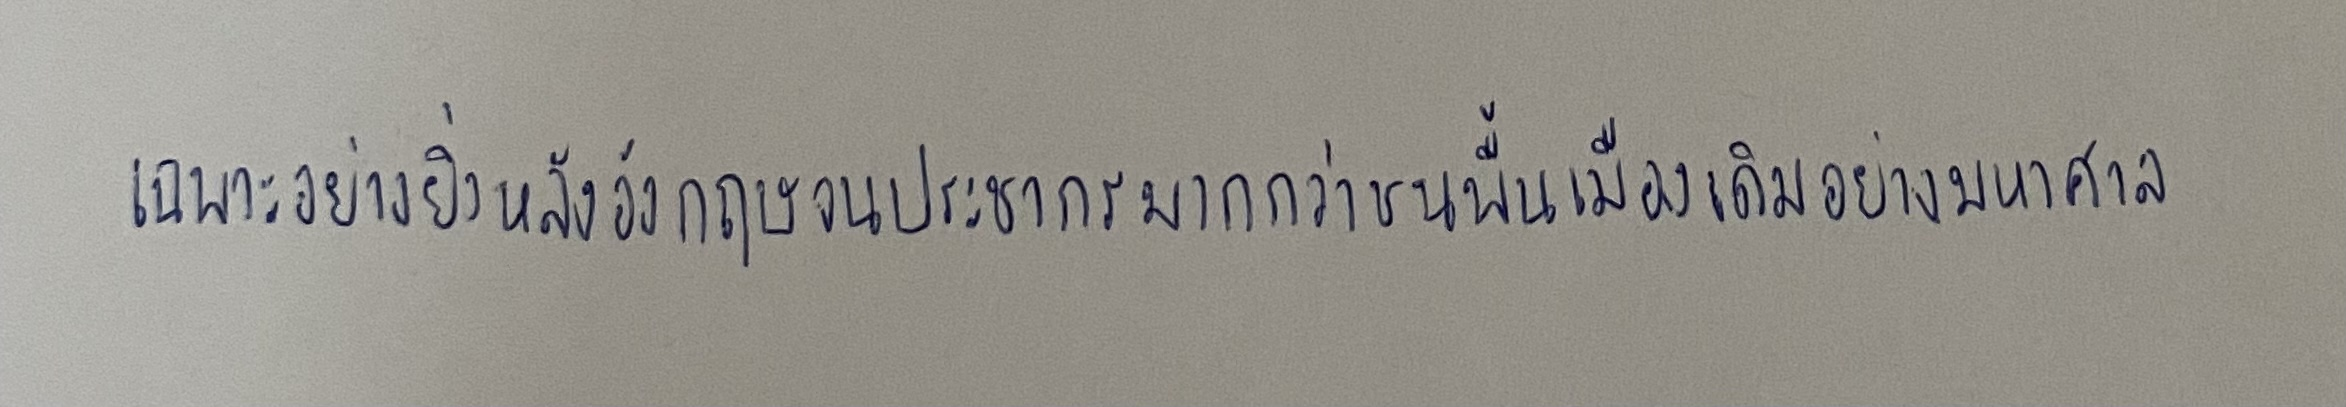
เฉพาะอย่างยิ่งหลังอังกฤษจนประชากรมากกว่าชนพื้นเมืองเดิมอย่างมหาศาล